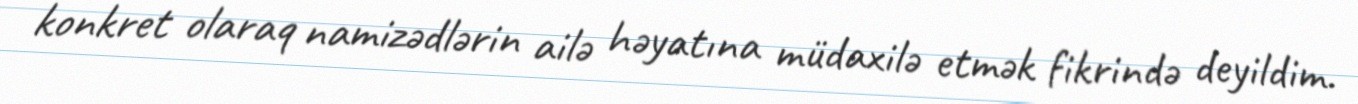
konkret olaraq namizədlərin ailə həyatına müdaxilə etmək fikrində deyildim.